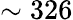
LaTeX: \sim 326